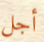
أجل